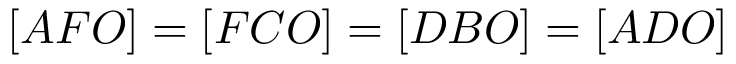
[ A F O ] = [ F C O ] = [ D B O ] = [ A D O ]